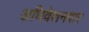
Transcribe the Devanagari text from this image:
अधिवेशनवार